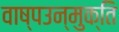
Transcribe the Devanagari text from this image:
वाष्पउन्मुक्ति